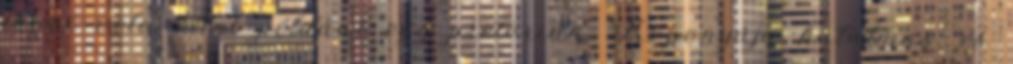
fogni vele, mint például egy pretorian. Koponyája hatalmas, és